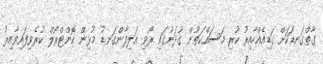
ގާތްގަނޑަކަށް ގަޑިއެއްހާއިރު ކުރި މަސައްކަތުން ގުދަނުގައި ރޯވި އަލިފާންގަނޑު މުޅިން ކޮންޓްރޯލް ކުރެވިފައިވާއިރު